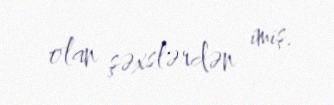
olan şəxslərdən imiş.